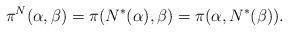
LaTeX: \begin{align*} \pi^{N}(\alpha,\beta) = \pi(N^{*}(\alpha),\beta) = \pi(\alpha,N^{*}(\beta)).\end{align*}